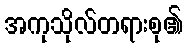
အကုသိုလ်တရားစု၏